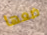
ضعها